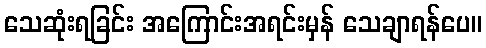
သေဆုံးရခြင်း အကြောင်းအရင်းမှန် သေချာရန်ပေ။